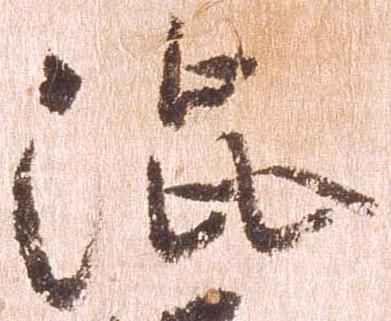
渋